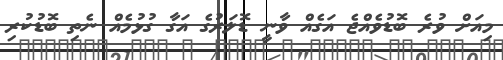
މިއަށް ވުރެ ބޮޑުވެއްޖެ އަގެއް ވާނީ ޑޮލަރުގެ އަގާ ގުޅުމެއް ނެތި ބޮޑުކުރި